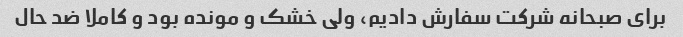
برای صبحانه شرکت سفارش دادیم، ولی خشک و مونده بود و کاملا ضد حال